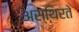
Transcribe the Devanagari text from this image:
अस्थिरते